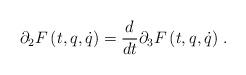
LaTeX: \begin{align*}\partial_2 F\left(t,q,\dot{q}\right)=\frac{d}{dt}\partial_3 F\left(t,q,\dot{q}\right)\,.\end{align*}